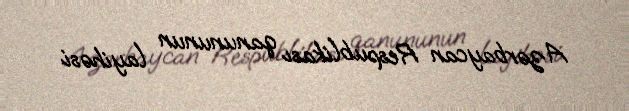
Azərbaycan Respublikası qanununun layihəsi.